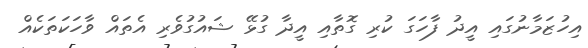
އިހުޒަމާނުގައި އީދު ފާހަގަ ކުރި ގޮތާއި އީދާ ގުޅޭ ޝައުގުވެރި އެތައް ވާހަކަތަކެއް